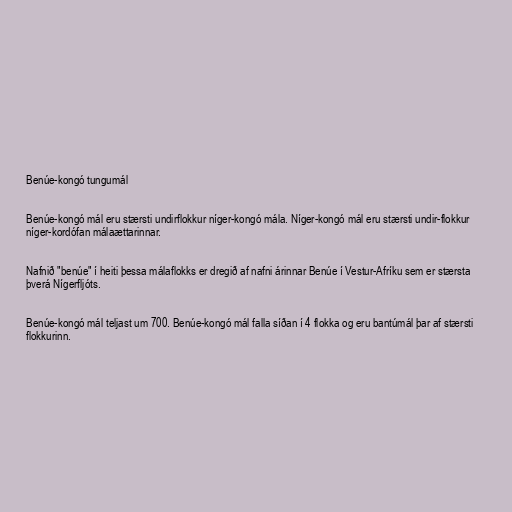
Benúe-kongó tungumál

Benúe-kongó mál eru stærsti undirflokkur níger-kongó mála. Níger-kongó mál eru stærsti undir-flokkur
níger-kordófan málaættarinnar.

Nafnið "benúe" í heiti þessa málaflokks er dregið af nafni árinnar Benúe í Vestur-Afríku sem er stærsta
þverá Nígerfljóts.

Benúe-kongó mál teljast um 700. Benúe-kongó mál falla síðan í 4 flokka og eru bantúmál þar af stærsti
flokkurinn.